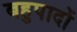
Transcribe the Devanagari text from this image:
बहुपादों